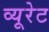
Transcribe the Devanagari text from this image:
व्यूरेट